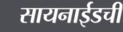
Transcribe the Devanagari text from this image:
सायनाईडची